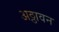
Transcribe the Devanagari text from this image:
अठ्ठावन